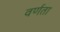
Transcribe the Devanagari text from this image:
वर्णता